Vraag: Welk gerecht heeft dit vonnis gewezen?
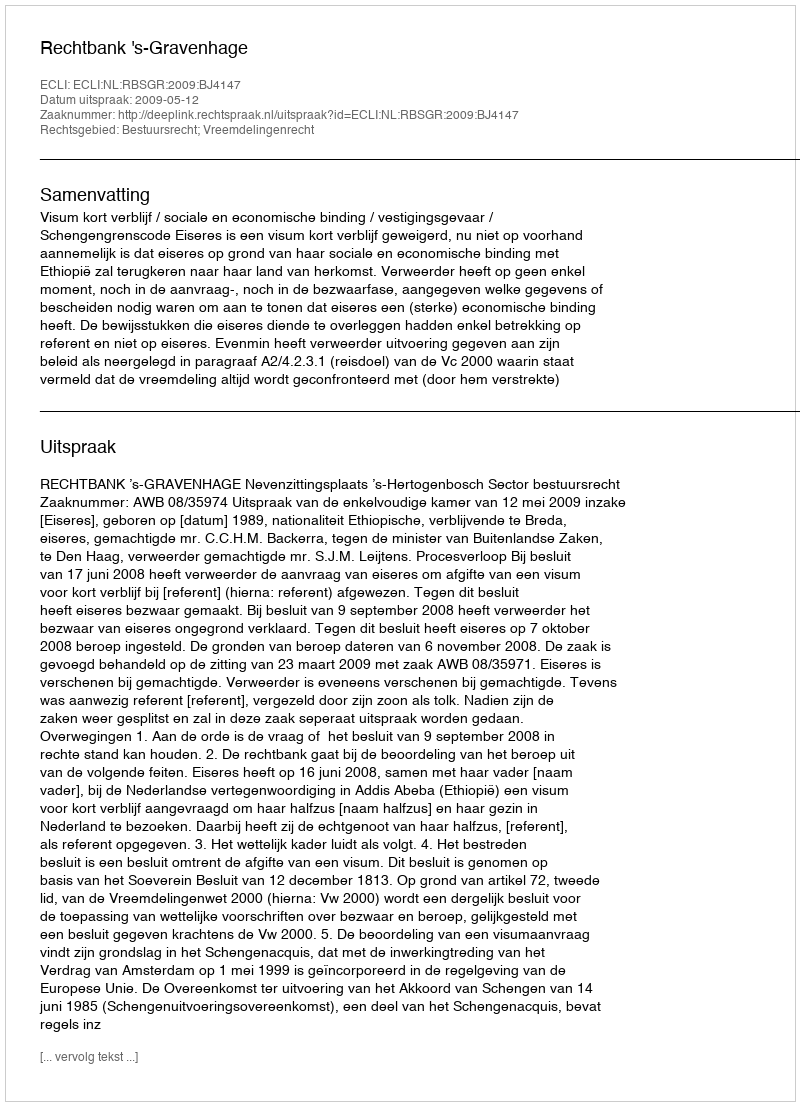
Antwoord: Rechtbank 's-Gravenhage